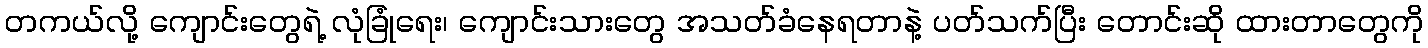
တကယ်လို့ ကျောင်းတွေရဲ့ လုံခြုံရေး၊ ကျောင်းသားတွေ အသတ်ခံနေရတာနဲ့ ပတ်သက်ပြီး တောင်းဆို ထားတာတွေကို